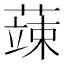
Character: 𮑕